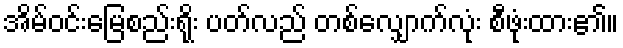
အိမ်ဝင်းမြေစည်းရိုး ပတ်လည် တစ်လျှောက်လုံး စီဖုံးထား၏။